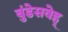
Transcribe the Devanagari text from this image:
बुंडेसवेह्